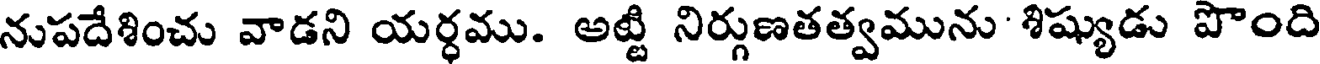
నుపదేశించు వాడని యర్ధము. అట్టి నిర్గుణతత్వమును శిష్యుడు పొంది